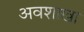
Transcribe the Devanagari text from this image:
अवशाखा